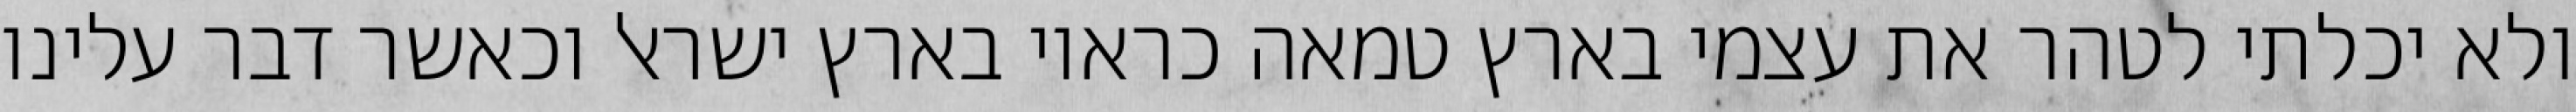
ולא יכלתי לטהר את עצמי בארץ טמאה כראוי בארץ ישראל וכאשר דבר עלינו